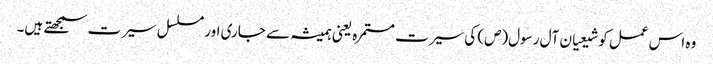
وہ اس عمل کو شیعیان آل رسول(ص) کی سیرت مستمرہ یعنی ہمیشہ سے جاری اور مسلسل سیرت سمجھتے ہیں۔